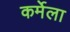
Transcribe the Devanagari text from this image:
कर्मेला